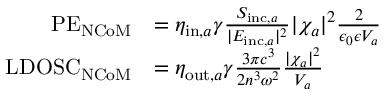
\begin{array} { r l } { \mathrm { P E } _ { \mathrm { N C o M } } } & { = \eta _ { \mathrm { i n } , a } \gamma \frac { S _ { \mathrm { i n c } , a } } { | E _ { \mathrm { i n c } , a } | ^ { 2 } } | \chi _ { a } | ^ { 2 } \frac { 2 } { \epsilon _ { 0 } \epsilon V _ { a } } } \\ { \mathrm { L D O S C } _ { \mathrm { N C o M } } } & { = \eta _ { \mathrm { o u t } , a } \gamma \frac { 3 \pi c ^ { 3 } } { 2 n ^ { 3 } \omega ^ { 2 } } \frac { | \chi _ { a } | ^ { 2 } } { V _ { a } } } \end{array}